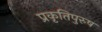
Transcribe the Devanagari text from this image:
प्रकृतिपुरुष